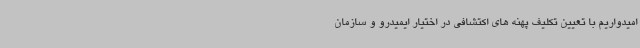
امیدواریم با تعیین تکلیف پهنه های اکتشافی در اختیار ایمیدرو و سازمان